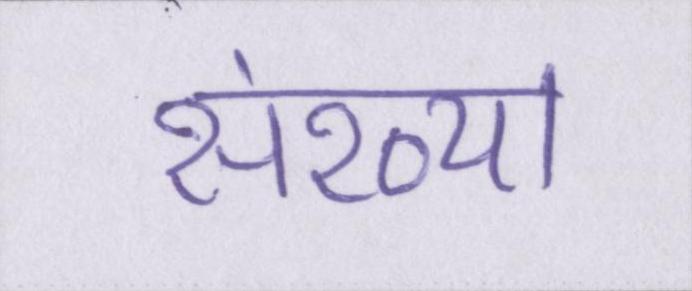
संख्या